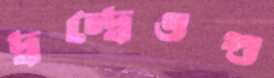
দ্বন্দ্বেওগু